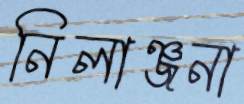
নিলাঞ্জনা